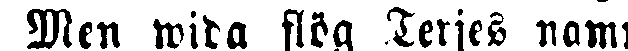
Men wida flög Terjes namn